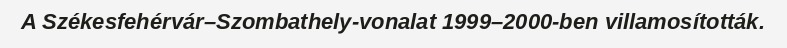
A Székesfehérvár–Szombathely-vonalat 1999–2000-ben villamosították.